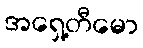
အရှေ့တီမော